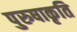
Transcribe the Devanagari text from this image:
पुरुषाकृति